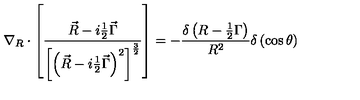
\nabla _ { R } \cdot \left[ \frac { \vec { R } - i \frac 1 2 \vec { \Gamma } } { \left[ \left( \vec { R } - i \frac 1 2 \vec { \Gamma } \right) ^ { 2 } \right] ^ { \frac 3 2 } } \right] = - \frac { \delta \left( R - \frac 1 2 \Gamma \right) } { R ^ { 2 } } \delta \left( \cos \theta \right)